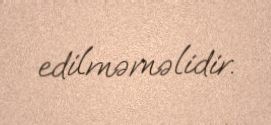
edilməməlidir.